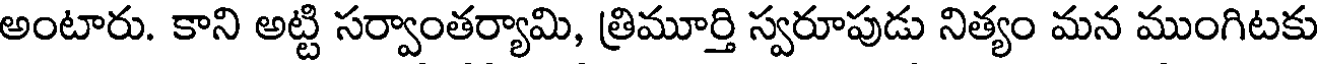
అంటారు. కాని అట్టి సర్వాంతర్యామి, త్రిమూర్తి స్వరూపుడు నిత్యం మన ముంగిటకు